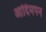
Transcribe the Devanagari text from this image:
आदिमपन